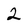
Character: 2